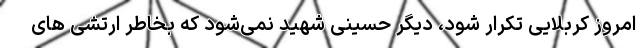
امروز کربلایی تکرار شود، دیگر حسینی شهید نمی‌شود که بخاطر ارتشی های